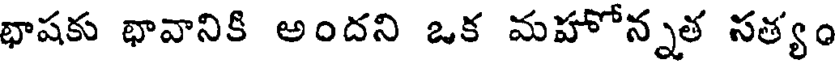
భాషకు భావానికి అందని ఒక మహోన్నత సత్యం